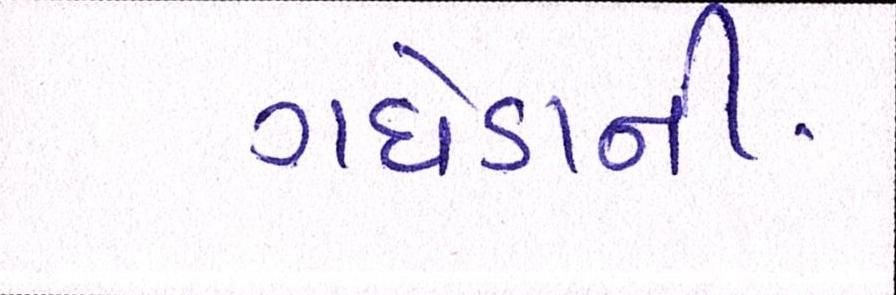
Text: ગધેડાની